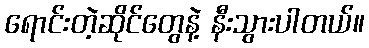
ရောင်းတဲ့ဆိုင်တွေနဲ့ နီးသွားပါတယ်။